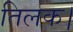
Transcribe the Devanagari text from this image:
तिलक।